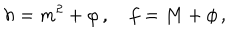
LaTeX: h = m ^ { 2 } + \varphi \, , \quad f = M + \phi \, ,